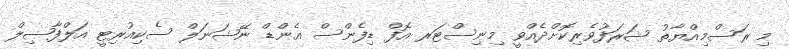
މި ރަސްމިއްޔާތު ޝަރަފުވެރިކޮށްދެއްވީ މިނިސްޓަރ އޮފް ޑިފެންސް އެންޑް ނޭޝަނަލް ސެކިއުރިޓީ އަލްފާޟިލް